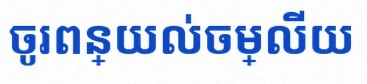
ចូរពន្យល់ចម្លើយ